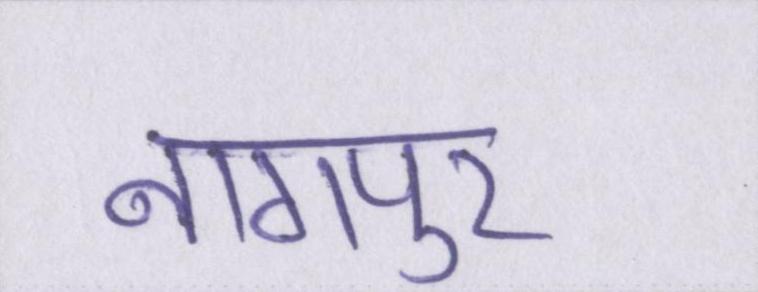
नागपुर